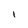
Character: I